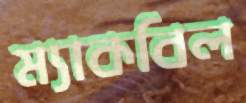
ম্যাকবিল